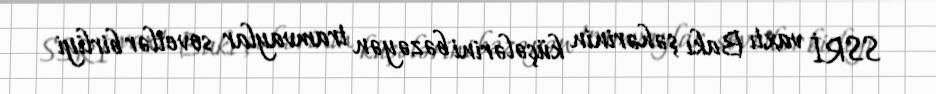
SSRİ vaxtı Bakı şəhərinin küçələrini bəzəyən tramvaylar sovetlər birliyi